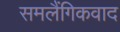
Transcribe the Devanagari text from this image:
समलैंगिकवाद